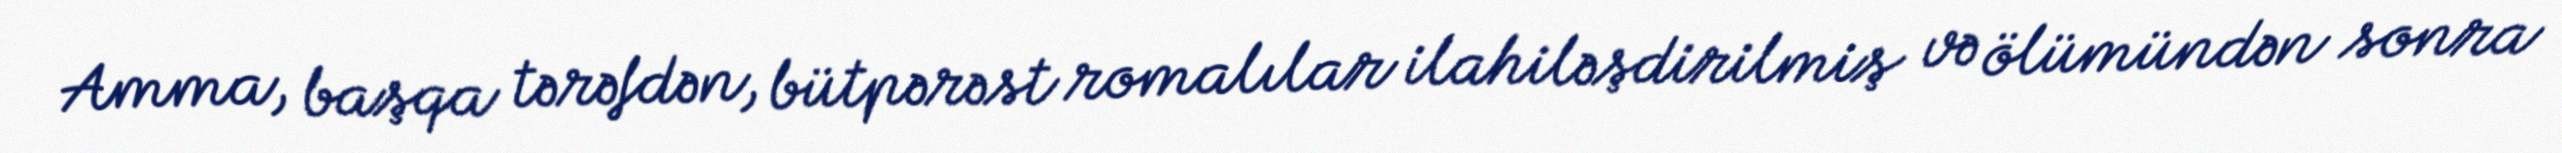
Amma, başqa tərəfdən, bütpərəst romalılar ilahiləşdirilmiş və ölümündən sonra